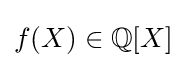
f(X)\in \mathbb {Q} [X]